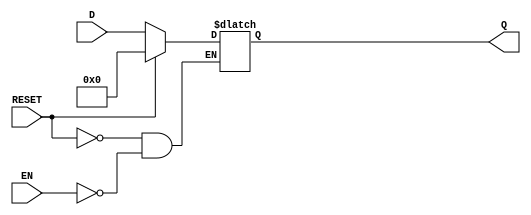
module LatchRegister #(
    parameter WIDTH = 8  // Define the width of the register (number of bits)
) (
    input wire [WIDTH-1:0] D,      // Data input
    input wire EN,                  // Enable signal
    input wire RESET,               // Reset signal
    output reg [WIDTH-1:0] Q        // Data output
);

    // Always block to implement the latch behavior
    always @(*) begin
        if (RESET) begin
            Q <= {WIDTH{1'b0}};      // Reset the register to 0
        end else if (EN) begin
            Q <= D;                  // Latch the input data when enabled
        end
        // If EN is low and RESET is not asserted, Q retains its value
    end

endmodule